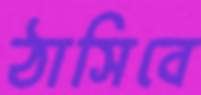
ঠাসিবে